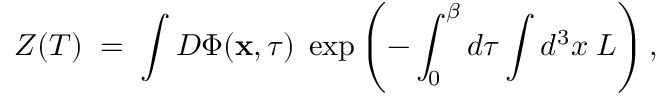
{ \cal Z } ( T ) \; = \; \int { \cal D } \Phi ( { \bf x } , \tau ) \; \exp \left( - \int _ { 0 } ^ { \beta } d \tau \int d ^ { 3 } x \; { \cal L } \right) ,